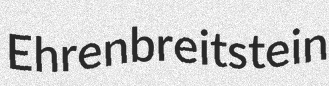
Ehrenbreitstein